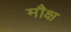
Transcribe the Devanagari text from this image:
मौक्ष